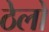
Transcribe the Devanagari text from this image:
ठेलो